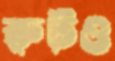
রুটও